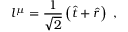
l ^ { \mu } = { \frac { 1 } { \sqrt { 2 } } } \left( { \hat { t } } + { \hat { r } } \right) \ ,